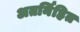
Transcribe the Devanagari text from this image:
अतर्निहित